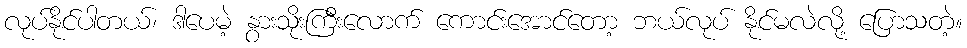
လုပ်နိုင်ပါတယ်၊ ဒါပေမဲ့ နွားသိုးကြီးလောက် ကောင်းအောင်တော့ ဘယ်လုပ် နိုင်မလဲလို့ ပြောသတဲ့။